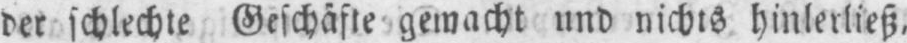
der schlechte Geschäfte gemacht und nichts hinlerließ,